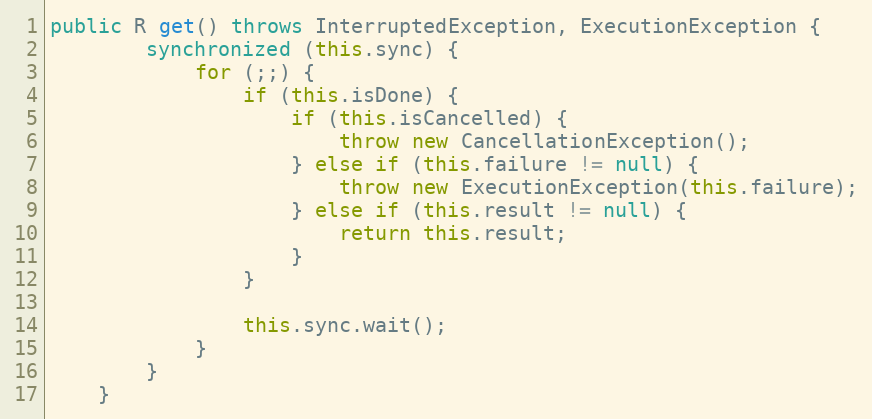
Language: Java
public R get() throws InterruptedException, ExecutionException {
		synchronized (this.sync) {
			for (;;) {
				if (this.isDone) {
					if (this.isCancelled) {
						throw new CancellationException();
					} else if (this.failure != null) {
						throw new ExecutionException(this.failure);
					} else if (this.result != null) {
						return this.result;
					}
				}

				this.sync.wait();
			}
		}
	}